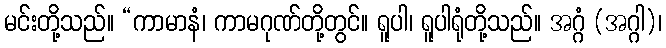
မင်းတို့သည်။ “ကာမာနံ၊ ကာမဂုဏ်တို့တွင်။ ရူပါ၊ ရူပါရုံတို့သည်။ အဂ္ဂံ (အဂ္ဂါ)၊